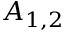
A _ { 1 , 2 }